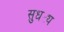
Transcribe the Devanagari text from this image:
सुधट्य